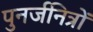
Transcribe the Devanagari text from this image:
पुनर्जनित्रों